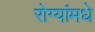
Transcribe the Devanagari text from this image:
रोग्यांमधे